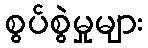
စွပ်စွဲမှုများ